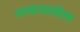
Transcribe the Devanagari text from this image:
नप्फयातील